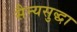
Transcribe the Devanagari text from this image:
सैन्यसुद्धा